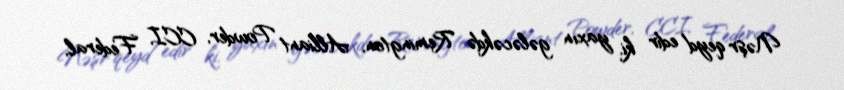
Nəşr qeyd edir ki, yaxın gələcəkdə Remington, Alliant Powder, CCI, Federal,